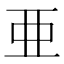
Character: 亜